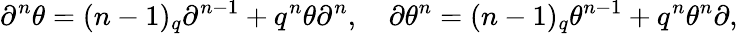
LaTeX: \partial^{n}\theta=(n-1)_{q}\partial^{n-1}+q^{n}\theta\partial^{n},\quad\partial\theta^{n}=(n-1)_{q}\theta^{n-1}+q^{n}\theta^{n}\partial,